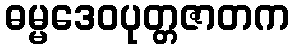
ဓမ္မဒေဝပုတ္တဇာတက